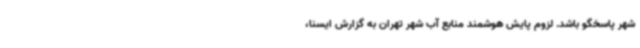
شهر پاسخگو باشد. لزوم پایش هوشمند منابع آب شهر تهران به گزارش ایسنا،